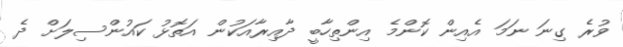
ވުރެ ގިނަ ނަމަ އެއިން ކޮންމެ އިންތިހާބީ ދާއިރާއަކުން އަތޮޅު ކައުންސިލަށް ދެ